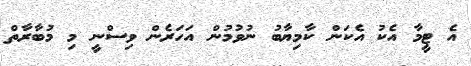
އެ ޓީމާ އެކު އެކަން ކާމިޔާބު ނުވުމުން އަހަރެން ވިސްނީ މި މުބާރާތް